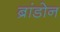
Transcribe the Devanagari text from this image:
ब्रांडोन